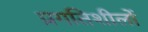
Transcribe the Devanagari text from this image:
प्रगतिशीलों